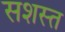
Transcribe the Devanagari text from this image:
सशस्त